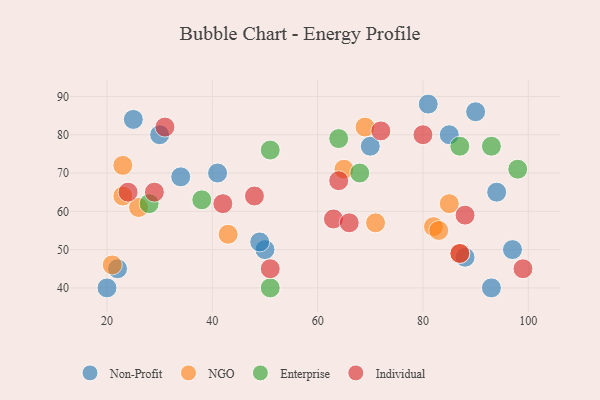
{"axis": {"x": "GDP", "y": "Life Expectancy"}, "legend": ["Enterprise", "Individual", "NGO", "Non-Profit"], "data": [{"x": "81", "y": 88, "type": "Non-Profit"}, {"x": "34", "y": 69, "type": "Non-Profit"}, {"x": "94", "y": 65, "type": "Non-Profit"}, {"x": "97", "y": 50, "type": "Non-Profit"}, {"x": "85", "y": 80, "type": "Non-Profit"}, {"x": "93", "y": 40, "type": "Non-Profit"}, {"x": "41", "y": 70, "type": "Non-Profit"}, {"x": "25", "y": 84, "type": "Non-Profit"}, {"x": "22", "y": 45, "type": "Non-Profit"}, {"x": "50", "y": 50, "type": "Non-Profit"}, {"x": "49", "y": 52, "type": "Non-Profit"}, {"x": "30", "y": 80, "type": "Non-Profit"}, {"x": "90", "y": 86, "type": "Non-Profit"}, {"x": "88", "y": 48, "type": "Non-Profit"}, {"x": "20", "y": 40, "type": "Non-Profit"}, {"x": "70", "y": 77, "type": "Non-Profit"}, {"x": "69", "y": 82, "type": "NGO"}, {"x": "26", "y": 61, "type": "NGO"}, {"x": "87", "y": 49, "type": "NGO"}, {"x": "71", "y": 57, "type": "NGO"}, {"x": "21", "y": 46, "type": "NGO"}, {"x": "43", "y": 54, "type": "NGO"}, {"x": "85", "y": 62, "type": "NGO"}, {"x": "23", "y": 72, "type": "NGO"}, {"x": "82", "y": 56, "type": "NGO"}, {"x": "23", "y": 64, "type": "NGO"}, {"x": "83", "y": 55, "type": "NGO"}, {"x": "65", "y": 71, "type": "NGO"}, {"x": "51", "y": 76, "type": "Enterprise"}, {"x": "68", "y": 70, "type": "Enterprise"}, {"x": "38", "y": 63, "type": "Enterprise"}, {"x": "87", "y": 77, "type": "Enterprise"}, {"x": "64", "y": 79, "type": "Enterprise"}, {"x": "98", "y": 71, "type": "Enterprise"}, {"x": "28", "y": 62, "type": "Enterprise"}, {"x": "93", "y": 77, "type": "Enterprise"}, {"x": "51", "y": 40, "type": "Enterprise"}, {"x": "63", "y": 58, "type": "Individual"}, {"x": "88", "y": 59, "type": "Individual"}, {"x": "66", "y": 57, "type": "Individual"}, {"x": "80", "y": 80, "type": "Individual"}, {"x": "72", "y": 81, "type": "Individual"}, {"x": "29", "y": 65, "type": "Individual"}, {"x": "99", "y": 45, "type": "Individual"}, {"x": "24", "y": 65, "type": "Individual"}, {"x": "51", "y": 45, "type": "Individual"}, {"x": "42", "y": 62, "type": "Individual"}, {"x": "87", "y": 49, "type": "Individual"}, {"x": "64", "y": 68, "type": "Individual"}, {"x": "48", "y": 64, "type": "Individual"}, {"x": "31", "y": 82, "type": "Individual"}]}